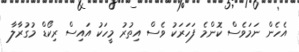
އެހެން ނަމަވެސް ކޮންމެ ފަހަރަކު ވެސް އިތުރު މީހަކު އައިސް ރިކޯޑް މުގުރާލާ